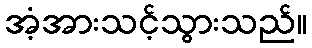
အံ့အားသင့်သွားသည်။